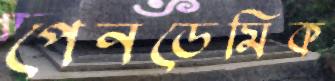
পেনডেমিক